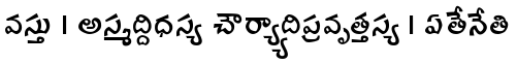
వస్తు । అస్మద్దిధస్య చౌర్య్యాదిప్రవృత్తస్య । ఏతేనేతి